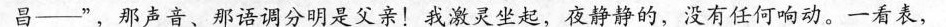
昌——”，那声音、那语调分明是父亲！我激灵坐起，夜静静的，没有任何响动。一看表，